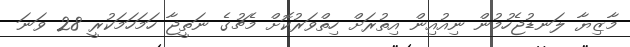
މާޒިޔާ ލަނޑުޖެހުމުން ނިއުއިން އިތުރަށް ހިތްވަރުކޮށް މެޗުގެ ނަތީޖާ ހަމަހަމަކުރީ 28 ވަނަ